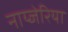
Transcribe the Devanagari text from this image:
नाय्जेरिया